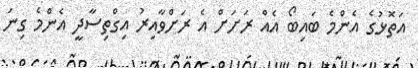
އަތޮޅުގެ އެންމެ ބައިބޯ އެއް ރަށަށް އެ ރަށްވާއިރު އިގްތިސާދީ އެންމެ ގިނަ